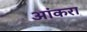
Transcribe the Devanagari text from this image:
आंकरा